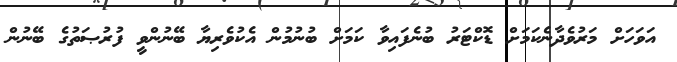
އަވަހަށް މަރުވެދާނެކަމަށް ޑޮކްޓަރު ބުނެފައިވާ ކަމަށް ބުނުމުން އެކުވެރިޔާ ބޭނުންވީ ފުރުޞަތުގެ ބޭނުން